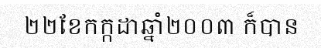
២២ខែកក្កដាឆ្នាំ២០០៣ ក៏បាន